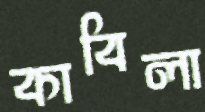
কাবিলা